Civil Veterinary Department. United Provinces 1932-42 - 1932-1942
Year: 1932
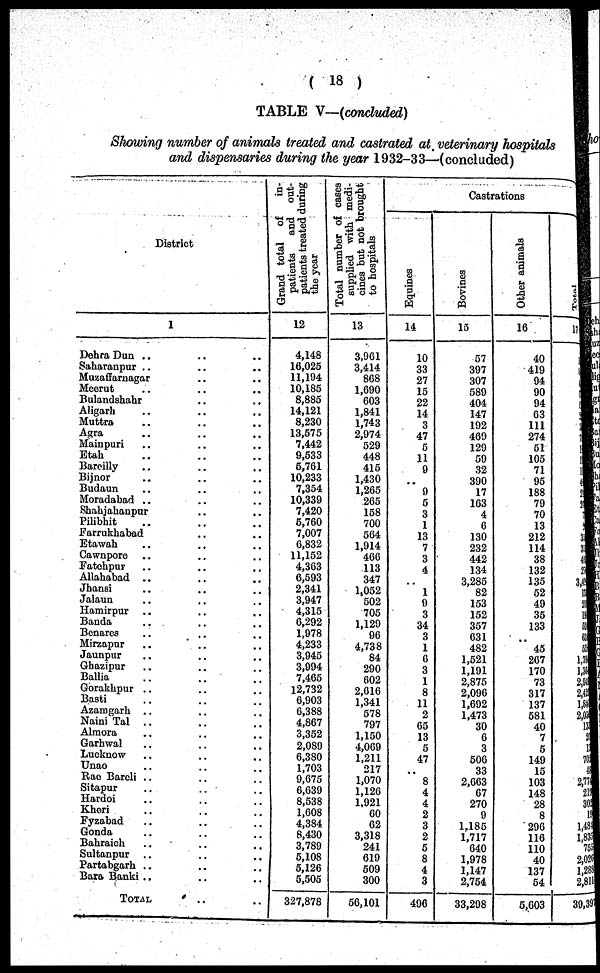
(18)
TABLE V—(concluded)
Showing number of animals treated and castrated at veterinary hospitals
and dispensaries during the year 1932-33—-(concluded)
District
1
Dehra Dun .. .. ..
Saharanpur .. .. ..
Muzaffarnagar .. ..
Meerut .. ..
Bulandshahr .. ..
Aligarh .. .. ..
Muttra .. .. ..
Agra .. .. ..
Mainpuri .. .. ..
Etak .. .. ..
Bareilly .. .. ..
Bijnor .. .. ..
Budaun
..
..
..
Moradabad .. .. ..
Shahjahanpur .. .. ..
Pilibhit .. .. ..
Farrukhabad .. .. ..
Etawah .. .. ..
Cawnpore .. .. ..
Fatehpur .. .. ..
Allahabad .. .. ..
Jhansi
.. .. ..
Jalaun .. .. ..
Hamirpur .. .. ..
Banda .. .. ..
Benares .. .. ..
Mirzapur .. .. ..
Jaunpur .. .. ..
Gbazipur .. .. ..
Ballia .. .. ..
Gbrakhpur .. .. ..
Baati
..
..
..
Azamgarh .. .. ..
Naini Tal ..
..
..
Almora
..
..
..
Garhwal
..
,.
..
Lucknow .. .. ..
Unao
..
..
..
Rao Barcli ..
..
Sitapur
..
..
..
Hardoi
..
..
..
Kheri
..
,.
..
Fyzabad .. .. ..
Gonda
..
..
..
Bahraich .. .. ..
Sultanpur ..
..
..
Partabgarh ..
..
..
Bara Banki ..
..
..
TOTAL .. ..
Grand total of
in-
patients
and out-
patients treated during
the year
12
4,148
16,025
11,194
10,185
8,885
14,121
8,230
13,575
7,442
9,533
5,761
10,233
7,354
10,339
7,420
5,760
7,007
6,832
11,152
4,363
6,593
2,341
3,947
4,315
6,292
1,978
4,233
3,945
3,994
7,465
12,732
6,903
6,388
4,867
3,352
2,089
6,380
1,703
9,675
6,639
8,538
1,608
4,384
8,430
3,789
5,108
5,126
5,505
327,878
Total number of cases
supplied with medi-
cines but not brought
to hospitals
13
3,961
3,414
868
1,690
603
1,841
1,743
2,974
529
448
415
1,430
1,265
265
158
700
564
1,914
466
113
347
1,052
502
705
1,129
96
4,738
84
290
602
2,616
1,341
578
797
1,150
4,069
1,211
217
1,070
1,126
1,921
60
62
3,318
241
619
509
300
56,101
Castrations
Equines
14
10
33
27
15
22
14
3
47
5
11
9
..
9
5
3
1
13
7
3
4
1
9
3
34
3
1
6
3
1
8
11
2
65
13
5
47
..
8
4
4
2
3
2
5
8
4
3
496
Bovines
15
57
397
307
589
404
147
192
469
129
59
32
390
17
163
4
6
130
232
442
134
3,285
82
153
152
357
631
482
1,521
1,191
2,875
2,096
1,692
1,473
30
6
3
506
33
2,663
67
270
9
1,185
1,717
640
1,978
1,147
2,754
33,298
Other animals
16
40
419
94
90
94
63
111
274
51
105
71
95
188
79
70
13
212
114
38
132
135
52
49
35
133
..
45
267
170
73
317
137
581
40
7
5
149
15
103
148
28
8
296
116
110
40
137
54
5,603
Total
11
3
3
4
7
3
.
..
1,79
l,36
2,94
2,42
1,84
2,05
13
2
1
70
4
2,77
21
30
1
1,48
1,834
75
2,02
1,28
2,81
39,3!